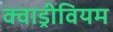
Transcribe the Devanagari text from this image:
क्वाड्रीवियम